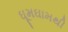
ઘૂમઘામથી